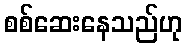
စစ်ဆေးနေသည်ဟု